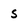
Character: S